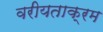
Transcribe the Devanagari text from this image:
वरीयताक्रम